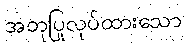
အတုပြုလုပ်ထားသော